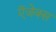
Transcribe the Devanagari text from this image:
ऍजेक्स